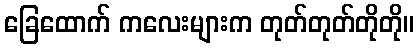
ခြေထောက် ကလေးများက တုတ်တုတ်တိုတို။